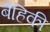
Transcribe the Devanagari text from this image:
बैहिकी